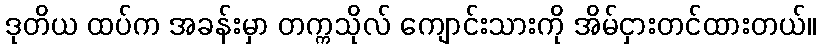
ဒုတိယ ထပ်က အခန်းမှာ တက္ကသိုလ် ကျောင်းသားကို အိမ်ငှားတင်ထားတယ်။